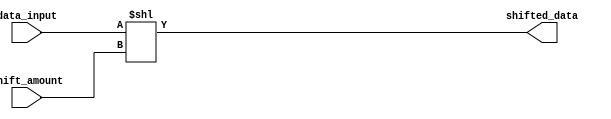
module arithmetic_block (
    input [7:0] data_input,
    input [3:0] shift_amount,
    output reg [7:0] shifted_data
);

always @* begin
    shifted_data = data_input << shift_amount;
end

endmodule